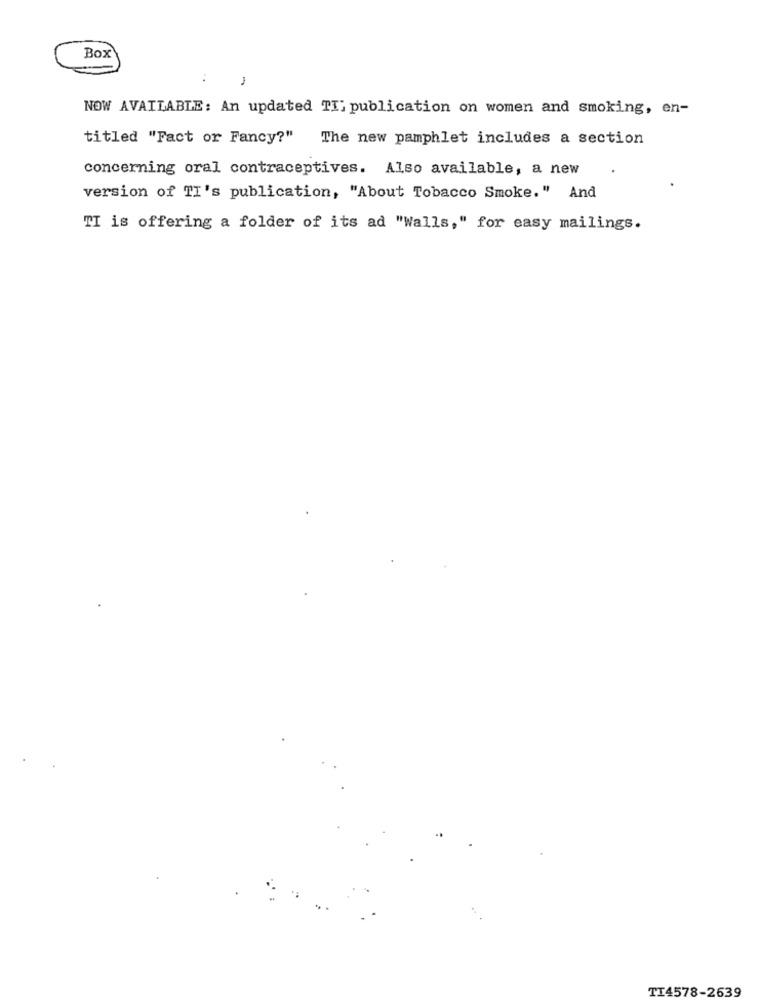
Box
:
-
NOW AVAILABLE: An updated TI: publication on women and smoking, en-
titled "Fact or Fancy?"
The new pamphlet includes a section
concerning oral contraceptives. Also available, a new
version of TI's publication, "About Tobacco Smoke." And
TI is offering a folder of its ad "Walls," for easy mailings.
TI4578-2639